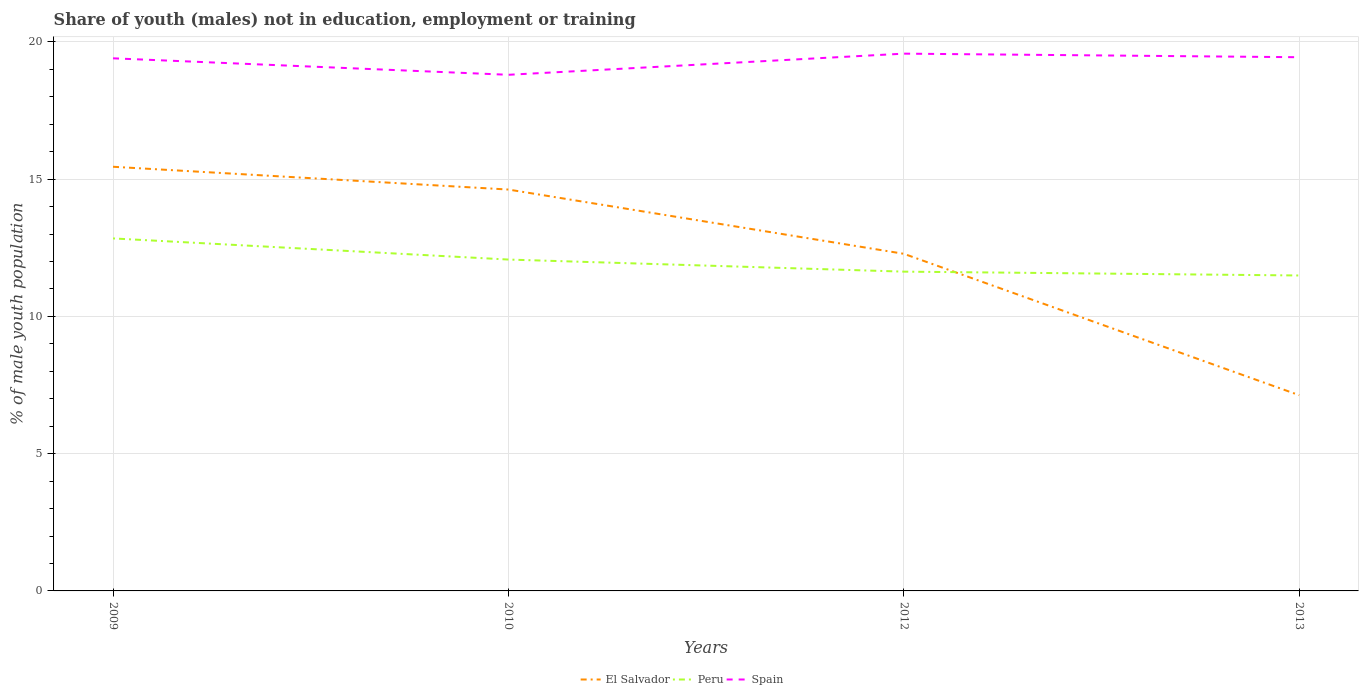
| Years | El Salvador | Peru | Spain |
 | --- | --- | --- | --- |
 | 2009 | 15.4 | 12.8 | 19.4 |
 | 2010 | 14.6 | 12.1 | 18.8 |
 | 2012 | 12.3 | 11.6 | 19.6 |
 | 2013 | 7.13 | 11.5 | 19.4 |